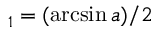
_ 1 = ( \arcsin a ) / 2